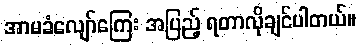
အာမခံလျော်ကြေး အပြည့် ရတာလိုချင်ပါတယ်။